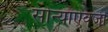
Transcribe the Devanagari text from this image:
सोन्याऐवजी